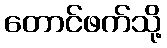
တောင်ဖက်သို့